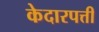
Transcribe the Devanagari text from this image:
केदारपत्ती